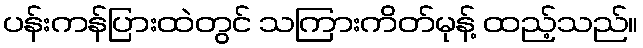
ပန်းကန်ပြားထဲတွင် သကြားကိတ်မုန့် ထည့်သည်။